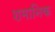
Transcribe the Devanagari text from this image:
शमानिक